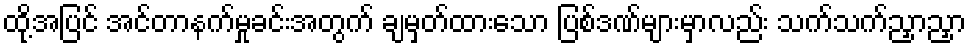
ထို့အပြင် အင်တာနက်မှုခင်းအတွက် ချမှတ်ထားသော ပြစ်ဒဏ်များမှာလည်း သက်သက်ညှာညှာ